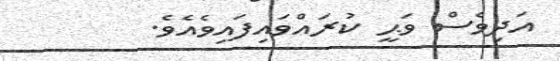
އަދިވެސް ވަޙީ ކުރައްވައިފައިވެއެވެ.